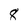
Character: 8